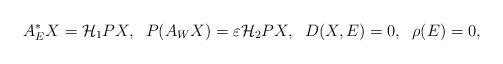
LaTeX: \begin{align*} A_{E}^{*}X=\mathcal{H}_{1}PX,\;\;P(A_{W}X)=\varepsilon \mathcal{H}_{2}PX,\;\;D(X,E)=0,\;\;\rho(E)=0,\end{align*}